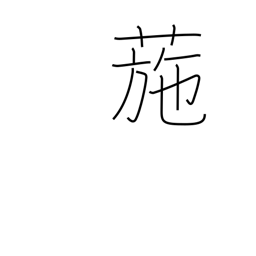
Meaning: cocklebur